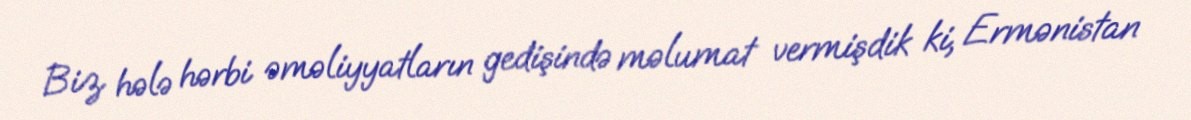
Biz hələ hərbi əməliyyatların gedişində məlumat vermişdik ki, Ermənistan